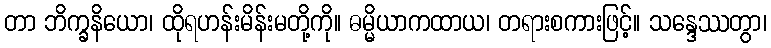
တာ ဘိက္ခနိယော၊ ထိုရဟန်းမိန်းမတို့ကို။ ဓမ္မိယာကထာယ၊ တရားစကားဖြင့်။ သန္ဒေဿတွာ၊